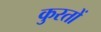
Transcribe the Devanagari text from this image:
कुरतों